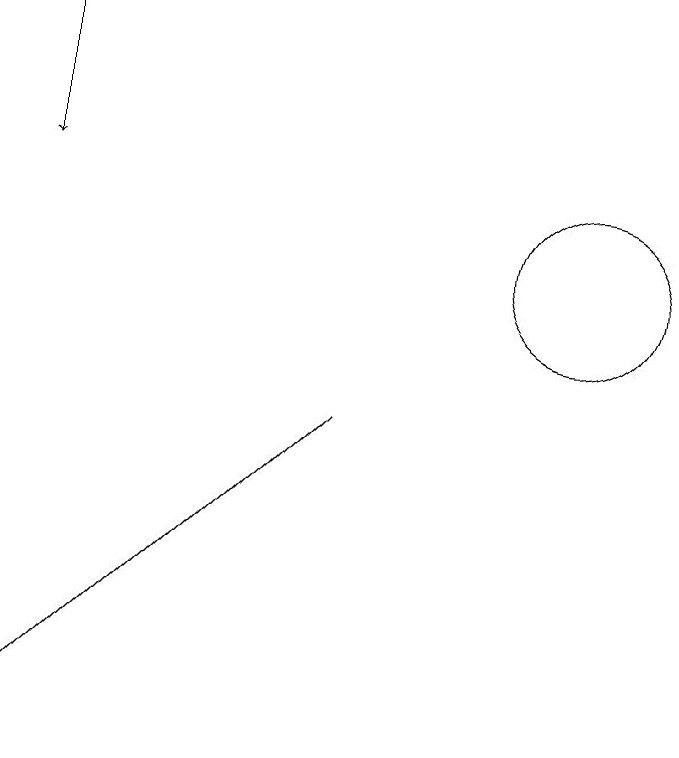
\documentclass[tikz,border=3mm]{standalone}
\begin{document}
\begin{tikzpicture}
\draw (12,11) circle (1);
\draw[->] (5,14) -- (5,12);
\draw (5,5) -- (5,5) -- (9,9) -- cycle;
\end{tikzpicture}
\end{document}